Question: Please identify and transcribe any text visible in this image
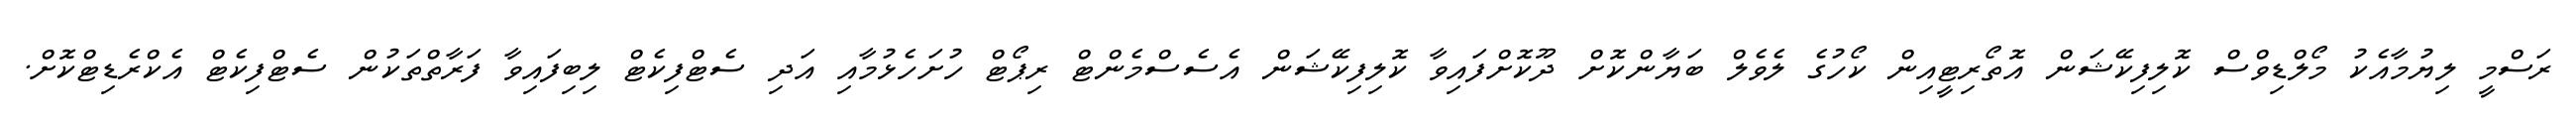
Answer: ރަސްމީ ލިޔުމާއެކު މޯލްޑިވްސް ކޮލިފިކޭޝަން އޮތޯރިޓީއިން ކޯހުގެ ލެވެލް ބަޔާންކޮށް ދޫކޮށްފައިވާ ކޮލިފިކޭޝަން އެސެސްމެންޓް ރިޕޯޓް ހުށަހެޅުމާއި އަދި ސެޓްފިކެޓް ލިބިފައިވާ ފަރާތްތަކުން ސެޓްފިކެޓް އެކްރެޑިޓްކޮށް.